Leprosy in India: report of the Leprosy Commission in India, 1890-91
Year: 1890
Disease focus: Leprosy
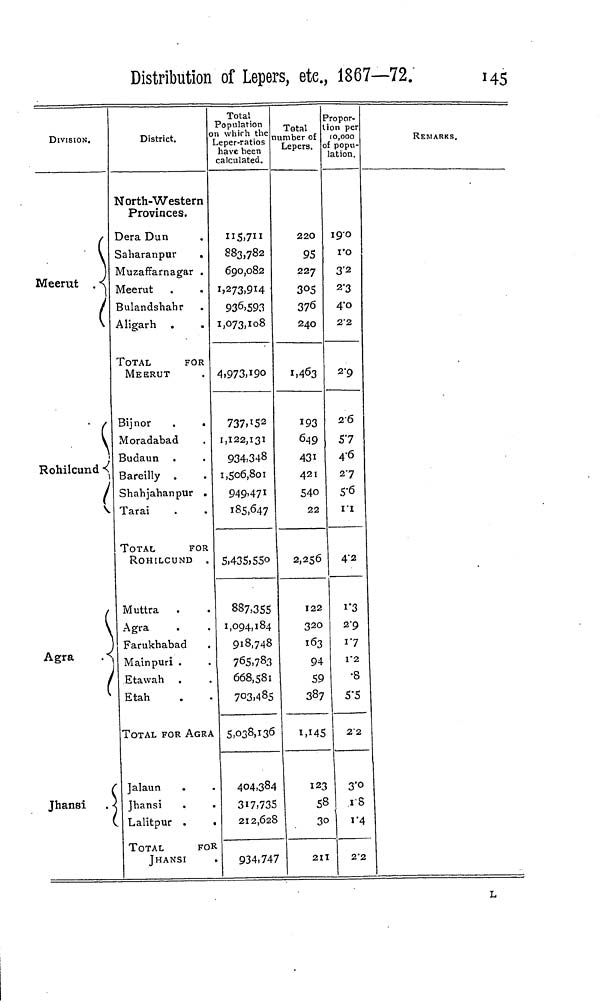
Distribution of Lepers, etc, 1867—72.
145
DIVISION.
Meerut
Rohilcund
Agra
Jhansi
District.
forth-Western
Provinces.
Dera Dun
Saharanpur
Muzaffarnagar
Meerut
Bulandshahr
Aligarh
TOTAL
FOR
MEERUT
Bijnor
.
.
Moradabad
Budaun
Bareilly
Shahjahanpur .
Tarai
TOTAL
FOR
ROHILCUND .
Muttra
Agra
Farukhabad
Mainpuri .
Etawah .
Etah
TOTAL FOR AGRA
Jalaun
.
Jhansi
Lalitpur .
TOTAL
FOR
JHANSI
Total
Population
on which the
Leper-ratios
lave been
calculated.
115,711
883,782
690,082
1,273,914
936,593
1,073,108
4,973,190
737,152
1,122,131
934,348
1,506,801
949,471
185,647
5,435,550
887,355
1,094,184
918,748
765,783
668,581
703,485
5,038,136
404,384
317,735
212,628
934,747
Total
umber of
Lepers.
220
95
227
305
376
240
1,463
193
649
431
421
540
22
2,256
122
320
163
94
59
387
1,145
123
58
30
211
Propor-
tion per
10,000
of popu-
lation.
19.0
1.0
3.2
2.3
4.0
2.2
2.9
26
57
4.6
27
5.6
1.1
4.2
1.3
2.9
1.7
V2
•8
5.5
2.2
3.0
1.8
1.4
2.2
REMARKS.
L